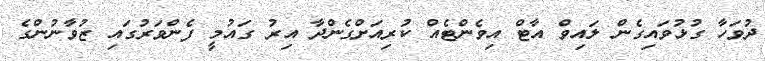
ދުވަހާ ގުޅުވައިގެން ލައިވް އާޓް އިވެންޓެއް ކުރިއަށްގެންދާ އިރު ގައުމީ ފެންވަރުގައި ޒުވާނުންގެ